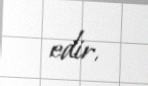
edir.